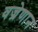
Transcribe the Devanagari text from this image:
वज्रेणान